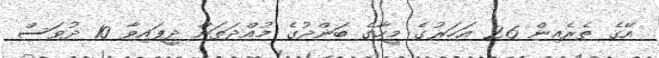
އޭގެ ތެރެއިން 26 އަހަރުގެ މީހާގެ ބަންދުގެ މުއްދަތަށް ދީފައިވާ 10 ދުވަސް